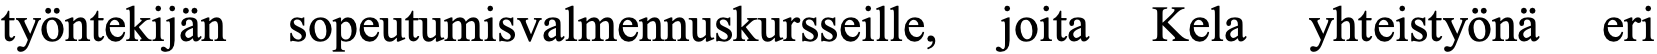
työntekijän sopeutumisvalmennuskursseille, joita Kela yhteistyönä eri